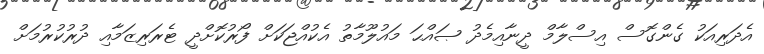
އެދަރިއަކު ގެންގޮސް އިސްލާމް ދީނާއިމެދު ޞައްޙަ މައުލޫމާތު އެކުއްޖަކަށް ފޯރުކޮށްދީ ޓެރަރިޒަމާއި ދުރުކުރުމަށް